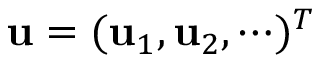
{ \bf u } = ( { \bf u } _ { 1 } , { \bf u } _ { 2 } , \cdots ) ^ { T }